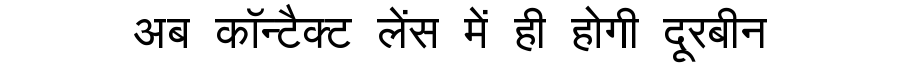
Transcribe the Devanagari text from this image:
अब कॉन्टैक्ट लेंस में ही होगी दूरबीन